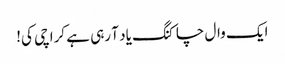
ایک وال چاکنگ یاد آ رہی ہے کراچی کی!